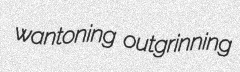
wantoning outgrinning